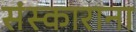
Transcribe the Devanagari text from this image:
संस्काराना